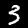
Label: 3